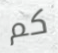
كم